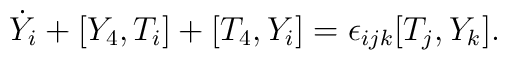
\dot{Y}_i+[Y_4, T_i]+[T_4,Y_i]=\epsilon_{ijk}[T_j, Y_k].